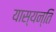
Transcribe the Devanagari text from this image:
यास्यन्ति